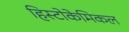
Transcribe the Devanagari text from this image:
हिस्टोकेमिकल